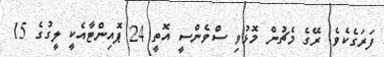
ފަރަގެކެވެ. ރޭގެ މެޗުން މޮޅުވި ސްވެންސީ އޮތީ 24 ޕޮއިންޓާއެކީ ލީގުގެ 15